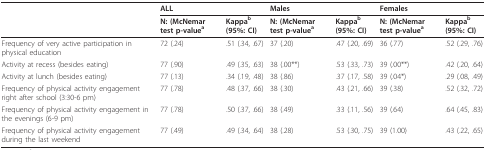
<table><thead><tr><td></td><td><b>ALL</b></td><td></td><td><b>Males</b></td><td></td><td><b>Females</b></td><td></td></tr><tr><td></td><td><b>N: (McNemar test p-value<sup>a </sup></b></td><td><b>Kappa<sup>b </sup>(95%: CI)</b></td><td><b>N: (McNemar test p-value<sup>a </sup></b></td><td><b>Kappa<sup>b </sup>(95%: CI)</b></td><td><b>N: (McNemar test p-value<sup>a</sup></b></td><td><b>Kappa<sup>b </sup>(95%: CI)</b></td></tr></thead><tbody><tr><td>Frequency of very active participation in physical education</td><td>72 (.24)</td><td>.51 (.34, .67)</td><td>37 (.20)</td><td>.47 (.20, .69)</td><td>36 (.77)</td><td>.52 (.29, .76)</td></tr><tr><td>Activity at recess (besides eating)</td><td>77 (.90)</td><td>.49 (.35, .63)</td><td>38 (.00**)</td><td>.53 (.33, .73)</td><td>39 (.00**)</td><td>.42 (.20, .64)</td></tr><tr><td>Activity at lunch (besides eating)</td><td>77 (.13)</td><td>.34 (.19, .48)</td><td>38 (.86)</td><td>.37 (.17, .58)</td><td>39 (.04*)</td><td>.29 (.08, .49)</td></tr><tr><td>Frequency of physical activity engagement right after school (3:30-6 pm)</td><td>77 (.78)</td><td>.48 (.37, .66)</td><td>38 (.30)</td><td>.43 (.21, .66)</td><td>39 (.38)</td><td>.52 (.32, .72)</td></tr><tr><td>Frequency of physical activity engagement in the evenings (6-9 pm)</td><td>77 (.78)</td><td>.50 (.37, .66)</td><td>38 (.49)</td><td>.33 (.11, .56)</td><td>39 (.64)</td><td>.64 (.45, .83)</td></tr><tr><td>Frequency of physical activity engagement during the last weekend</td><td>77 (.49)</td><td>.49 (.34, .64)</td><td>38 (.28)</td><td>.53 (.30, .75)</td><td>39 (1.00)</td><td>.43 (.22, .65)</td></tr></tbody></table>